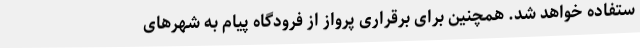
ستفاده خواهد شد. همچنین برای برقراری پرواز از فرودگاه پیام به شهرهای